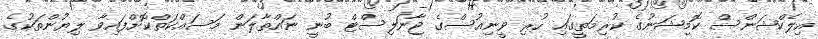
އިލެކްޝަންސް ކޮމިޝަނުގެ ކުރިމަތީގައި ހުރި ވީނިއުސްގެ ޖާނަލިސްޓް ބުނީ ނައްތާލަން މަސައްކަތްކޮށްފައިވާ ލިޔުންތަކުގެ